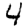
Digit: 4